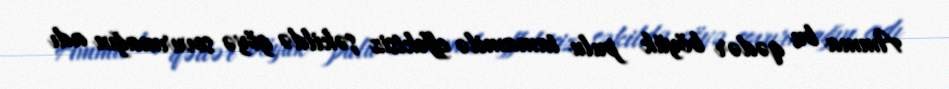
Amma bu qədər böyük pulu tamamilə effektsiz şəkildə göyə sovurmağın adı